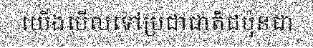
យើងមើលទៅប្រជាជាតិជប៉ុនជា